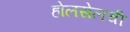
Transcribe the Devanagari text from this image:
होलसेलची